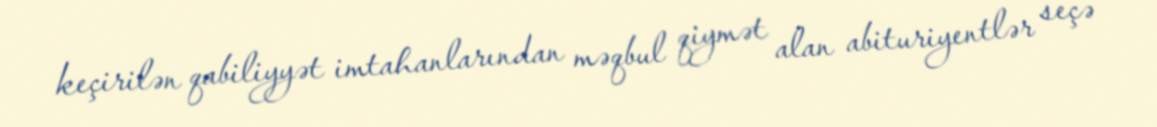
keçirilən qabiliyyət imtahanlarından məqbul qiymət alan abituriyentlər seçə